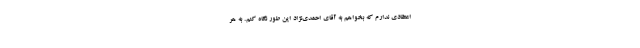
اعتقادی ندارم که بخواهم به آقای احمدی‌نژاد این طور نگاه کنم. به هر